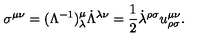
\sigma ^ { \mu \nu } = ( \Lambda ^ { - 1 } ) ^ { \mu } _ { \lambda } \dot { \Lambda } ^ { \lambda \nu } = \frac { 1 } { 2 } \dot { \lambda } ^ { \rho \sigma } u _ { \rho \sigma } ^ { \mu \nu } .